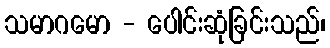
သမာဂမော - ပေါင်းဆုံခြင်းသည်၊